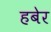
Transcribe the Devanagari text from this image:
हबेर